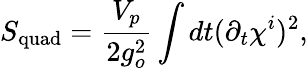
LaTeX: S_{\mathrm{quad}}=\frac{V_{p}}{2g_{o}^{2}}\int dt(\partial_{t}\chi^{i})^{2},